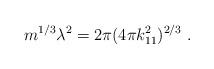
LaTeX: \begin{align*}m^{1/3} \lambda^2 = 2 \pi (4 \pi k_{11}^2 )^{2/3} \ . \end{align*}